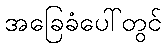
အခြေခံပေါ်တွင်